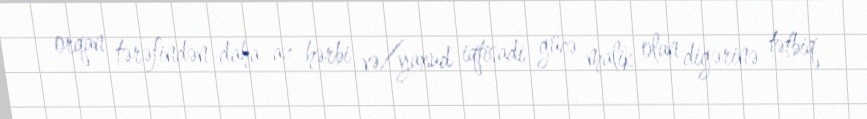
orqan tərəfindən daha az hərbi və/yaxud iqtisadi gücə malik olan digərinə tətbiq